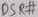
Text: DSR#